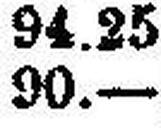
90.—